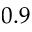
0 . 9